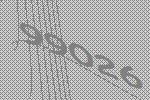
99026